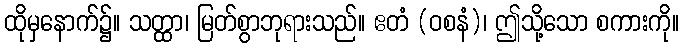
ထိုမှနောက်၌။ သတ္ထာ၊ မြတ်စွာဘုရားသည်။ ဧတံ (ဝစနံ)၊ ဤသို့သော စကားကို။